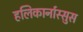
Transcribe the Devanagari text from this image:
हलिकार्नास्सुस